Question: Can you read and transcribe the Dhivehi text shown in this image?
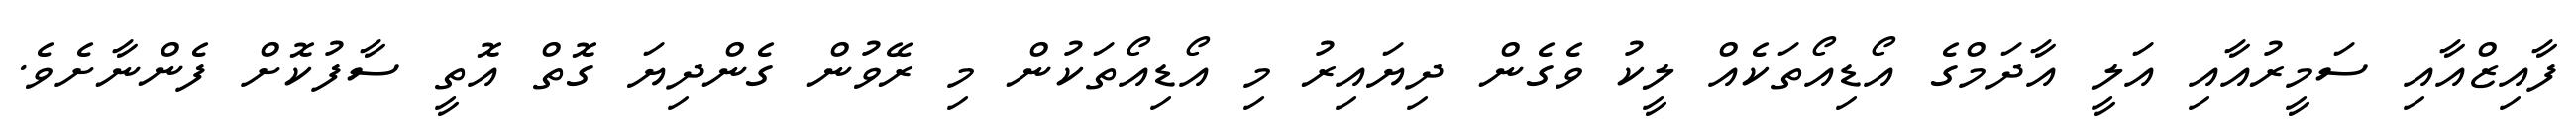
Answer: ފާއިޒްއާއި ސަމީރުއާއި އަލީ އާދަމްގެ އޯޑިއޯތަކެއް ލީކު ވެގެން ދިޔައިރު މި އޯޑިއޯތަކުން މި ރޭވުން ގެންދިޔަ ގޮތް އޮތީ ސާފުކޮށް ފެންނާށެވެ.